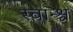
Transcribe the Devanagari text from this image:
स्वान्श्च